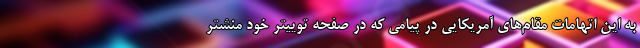
به این اتهامات مقام‌های آمریکایی در پیامی که در صفحه توییتر خود منشتر